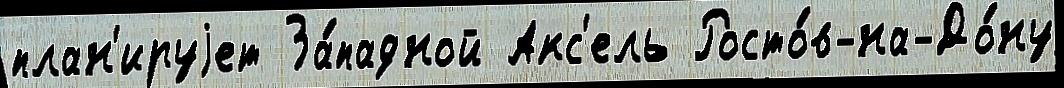
план'ируjет За́падной Акс'ель Росто́в-на-До́ну